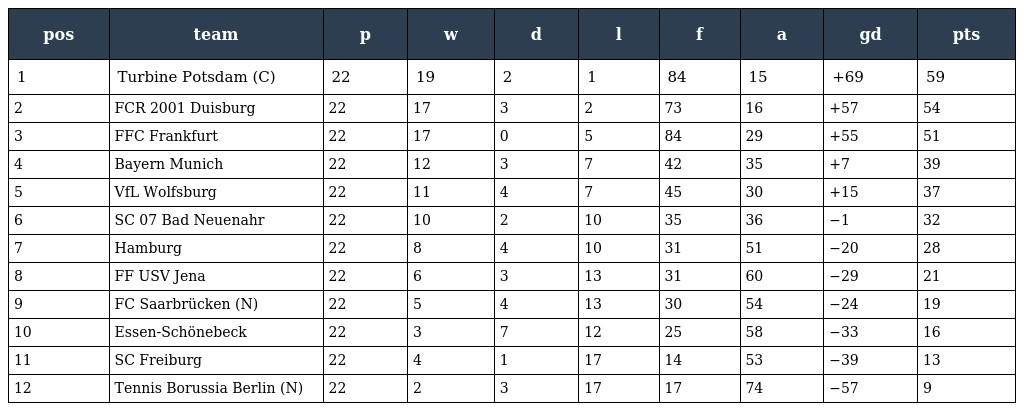
| pos | team | p | w | d | l | f | a | gd | pts |
 | --- | --- | --- | --- | --- | --- | --- | --- | --- | --- |
 | 1 | Turbine Potsdam (C) | 22 | 19 | 2 | 1 | 84 | 15 | +69 | 59 |
 | 2 | FCR 2001 Duisburg | 22 | 17 | 3 | 2 | 73 | 16 | +57 | 54 |
 | 3 | FFC Frankfurt | 22 | 17 | 0 | 5 | 84 | 29 | +55 | 51 |
 | 4 | Bayern Munich | 22 | 12 | 3 | 7 | 42 | 35 | +7 | 39 |
 | 5 | VfL Wolfsburg | 22 | 11 | 4 | 7 | 45 | 30 | +15 | 37 |
 | 6 | SC 07 Bad Neuenahr | 22 | 10 | 2 | 10 | 35 | 36 | −1 | 32 |
 | 7 | Hamburg | 22 | 8 | 4 | 10 | 31 | 51 | −20 | 28 |
 | 8 | FF USV Jena | 22 | 6 | 3 | 13 | 31 | 60 | −29 | 21 |
 | 9 | FC Saarbrücken (N) | 22 | 5 | 4 | 13 | 30 | 54 | −24 | 19 |
 | 10 | Essen-Schönebeck | 22 | 3 | 7 | 12 | 25 | 58 | −33 | 16 |
 | 11 | SC Freiburg | 22 | 4 | 1 | 17 | 14 | 53 | −39 | 13 |
 | 12 | Tennis Borussia Berlin (N) | 22 | 2 | 3 | 17 | 17 | 74 | −57 | 9 |